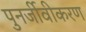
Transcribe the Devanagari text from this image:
पुनर्जीवीकरण